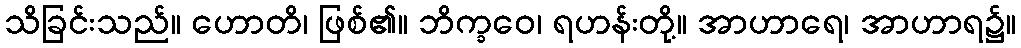
သိခြင်းသည်။ ဟောတိ၊ ဖြစ်၏။ ဘိက္ခဝေ၊ ရဟန်းတို့။ အာဟာရေ၊ အာဟာရ၌။